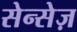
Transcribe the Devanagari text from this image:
सेन्सेज़